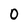
Character: 0